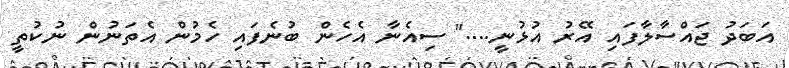
އަބަދު ޖައްސާލާފައި އޭރު އުޅުނީ...." ސިއެނާ އެހެން ބުނެފައި ހެމުން އެތަނުން ނުކުތީ